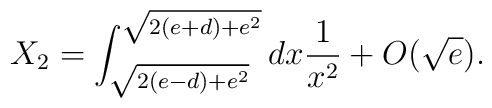
X_2 = \int_{\sqrt{2(e - d)+e^2}}^{\sqrt{2(e + d)+e^2}}dx{1\over x^2} +O(\sqrt{e}).